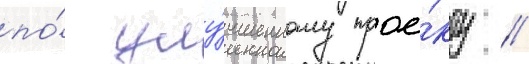
по́ улу́чшенному прое́кту /